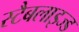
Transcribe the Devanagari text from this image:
स्टैबलाइज्ड